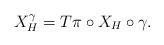
LaTeX: \begin{align*} X_H^{\gamma}=T\pi\circ X_H\circ \gamma.\end{align*}